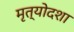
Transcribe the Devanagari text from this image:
मृत्योदशा